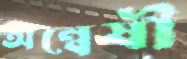
অন্বেষী